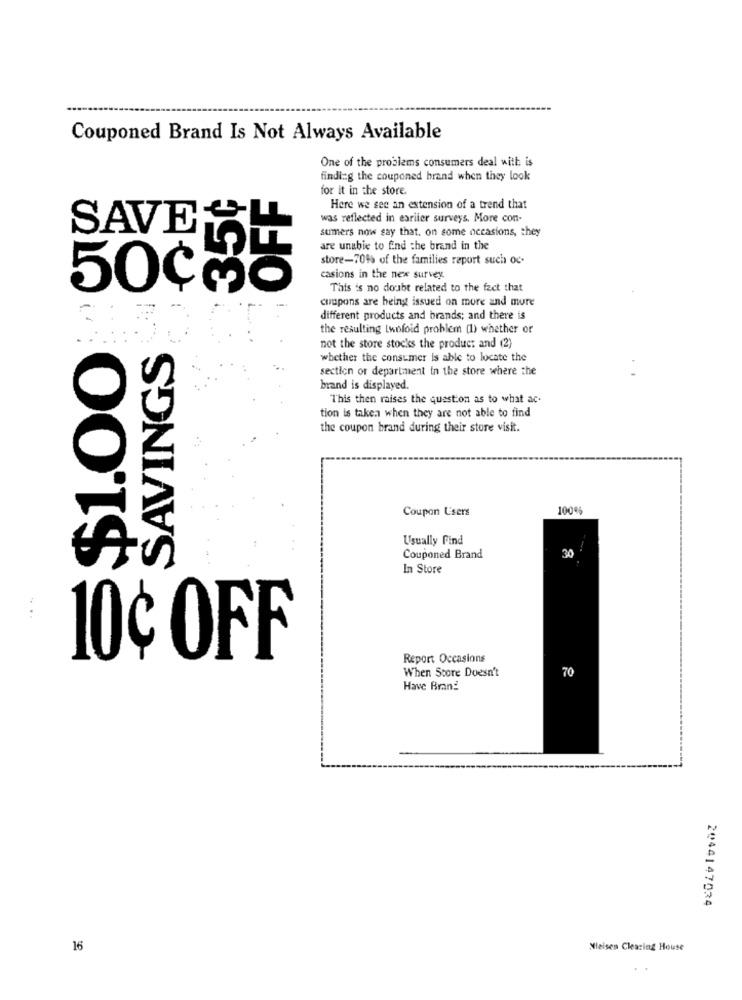
Couponed Brand Is Not Always Available
One of the problems consumers deal with is
finding the couponed hrand when they look
for it in the store.
Here we see an extension of a trend that
was reflected in earlier surveys. More con-
SAVESU
sumers now say that. on some occasions, they
are unabie to find the brand in the
store-709% of the families report such oc-
casions in the new survey.
50CMo
This is no doubt related to the fact that
coupons are being issued on more and more
different products and brands; and there is
the resulting Lwoloid problem (1) whether or
not the store stocks the product and (2)
$$1.00
SAVINGS
whether the consumer is able to locate the
section of department in the store where the
brand is displayed.
This then raises the question as to what ac.
tion is taken when they are not able to find
the coupon brand during their store visit.
Coupon Users
100%
Usually Find
Couponed Brand
34
In Store
10¢ OFF
Report Occasions
When Store Doesn't
70
Have Brand
2044147034
16
Nleisen Clearing House